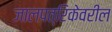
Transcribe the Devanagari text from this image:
जालपत्रिकेवरील